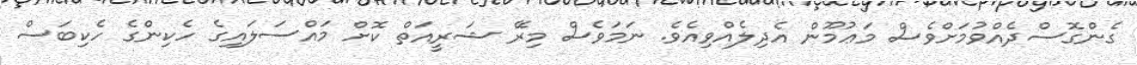
ގެންގޮސްދެއްވުމަށްވެސް މަޢުމޫން އެދިލެއްވިއެވެ. ނަމަވެސް މިރޭ ޝަރީއަތް ކޮށް މައްސަލައިގެ ހެކިންގެ ހެކިބަސް